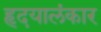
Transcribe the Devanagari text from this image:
हृदयालंकार